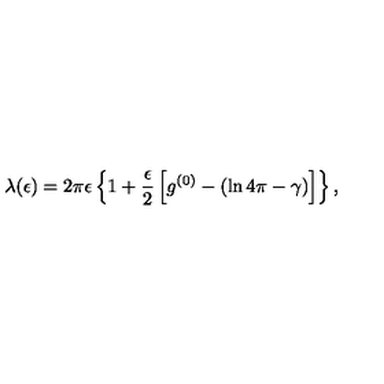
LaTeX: \lambda ( \epsilon ) = 2 \pi \epsilon \left\{ 1 + \frac { \epsilon } { 2 } \left[ g ^ { ( 0 ) } - \left( \ln 4 \pi - \gamma \right) \right] \right\} ,